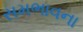
સમભાવના